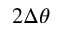
2 \Delta \theta